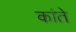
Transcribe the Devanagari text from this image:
कांते